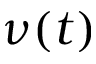
\nu ( t )